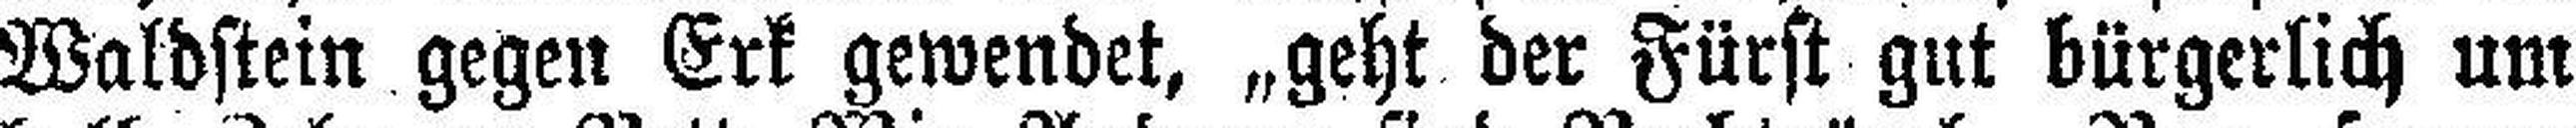
Waldstein gegen Erk gewendet, „geht der Fürst gut bürgerlich um